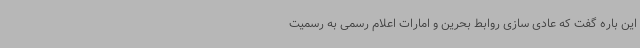
این باره گفت که عادی سازی روابط بحرین و امارات اعلام رسمی به رسمیت